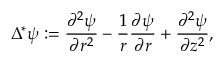
\Delta ^ { * } \psi : = \frac { \partial ^ { 2 } \psi } { \partial r ^ { 2 } } - \frac { 1 } { r } \frac { \partial \psi } { \partial r } + \frac { \partial ^ { 2 } \psi } { \partial z ^ { 2 } } ,